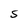
Character: S